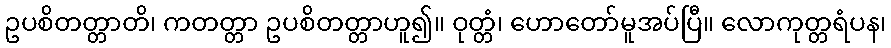
ဥပစိတတ္တာတိ၊ ကတတ္တာ ဥပစိတတ္တာဟူ၍။ ဝုတ္တံ၊ ဟောတော်မူအပ်ပြီ။ လောကုတ္တရံပန၊